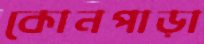
কোনপাড়া